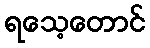
ရသေ့တောင်